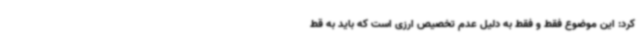
کرد: این موضوع فقط و فقط به دلیل عدم تخصیص ارزی است که باید به قط